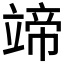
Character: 𥪟